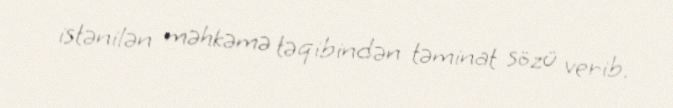
istənilən məhkəmə təqibindən təminat sözü verib.